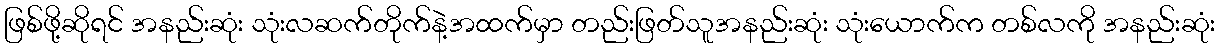
ဖြစ်ဖို့ဆိုရင် အနည်းဆုံး သုံးလဆက်တိုက်နဲ့အထက်မှာ တည်းဖြတ်သူအနည်းဆုံး သုံးယောက်က တစ်လကို အနည်းဆုံး